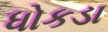
ધોકડા